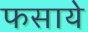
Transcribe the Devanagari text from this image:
फसाये